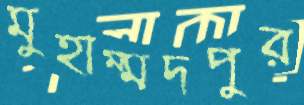
মুহাম্মদপুর